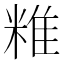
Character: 䊒